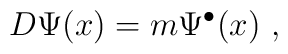
D \Psi(x)  = m \Psi^{\bullet}(x)~,